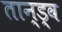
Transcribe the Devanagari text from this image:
तान्ड्व